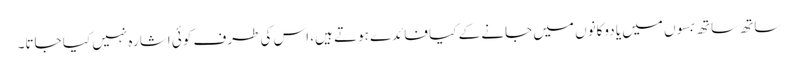
ساتھ ساتھ بسوں میں یا دوکانوں میں جانے کے کیا فائدے ہوتے ہیں، اس کی طرف کوئی اشارہ نہیں کیا جاتا۔